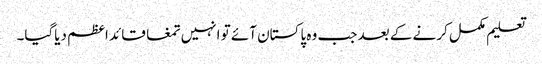
تعلیم مکمل کرنے کے بعد جب وہ پاکستان آئے تو انہیں تمغا قائد اعظم دیاگیا۔